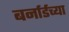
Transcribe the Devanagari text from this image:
बर्नार्डच्या